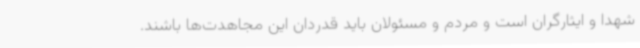
شهدا و ایثارگران است و مردم و مسئولان باید قدردان این مجاهدت‌ها باشند.